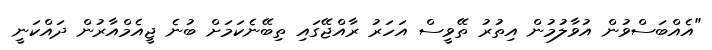
"އެއްބަސްވުން އުވާލުމުން އިތުރު ތޭވީސް އަހަރު ރާއްޖޭގައި ތިބޭނެކަމަށް ބުނެ ޖީއެމްއާރުން ދައްކަނީ